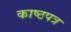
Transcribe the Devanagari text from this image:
काष्ठपत्र